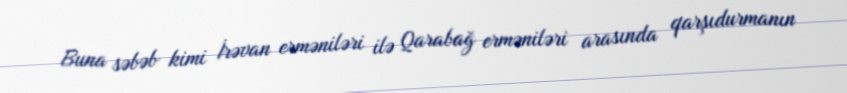
Buna səbəb kimi İrəvan erməniləri ilə Qarabağ erməniləri arasında qarşıdurmanın